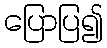
ပြောပြ၍